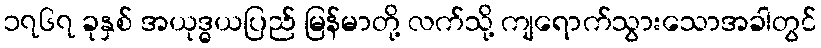
၁၇၆၇ ခုနှစ် အယုဒ္ဓယပြည် မြန်မာတို့ လက်သို့ ကျရောက်သွားသောအခါတွင်